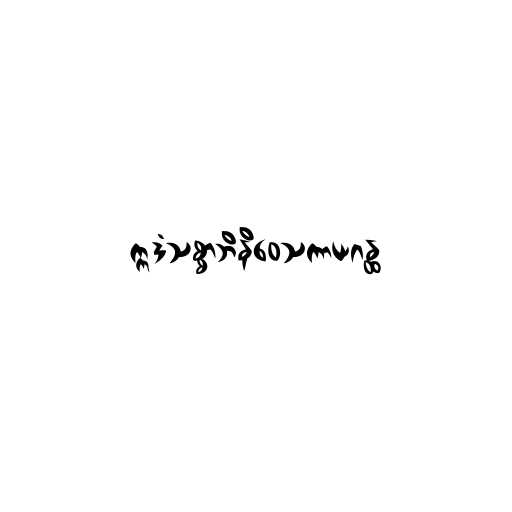
ဣဒံသစ္စာဘိနိဝေသကာယဂန္ထ